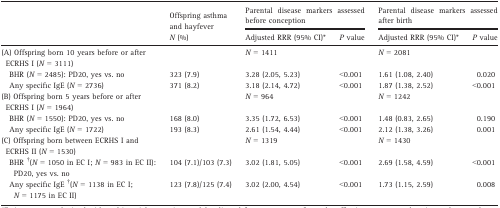
| <ROWSPAN=2>  | <ROWSPAN=2> Offspring asthma and hayfever N (%) | <COLSPAN=2> Parental disease markers assessed before conception | <COLSPAN=2> Parental disease markers assessed after birth |
 | Adjusted RRR (95% CI)a | P value | Adjusted RRR (95% CI)a | P value |
 | --- | --- | --- | --- | --- | --- |
 | (A) Offspring born 10 years before or after ECRHS I (N = 3111) |  | N = 1411 |  | N = 2081 |  |
 | BHR (N = 2485): PD20, yes vs. no | 323 (7.9) | 3.28 (2.05, 5.23) | <0.001 | 1.61 (1.08, 2.40) | 0.020 |
 | Any specific IgE (N = 2736) | 371 (8.2) | 3.18 (2.14, 4.72) | <0.001 | 1.87 (1.38, 2.52) | <0.001 |
 | (B) Offspring born 5 years before or after ECRHS I (N = 1964) |  | N = 964 |  | N = 1242 |  |
 | BHR (N = 1550): PD20, yes vs. no | 168 (8.0) | 3.35 (1.72, 6.53) | <0.001 | 1.48 (0.83, 2.65) | 0.190 |
 | Any specific IgE (N = 1722) | 193 (8.3) | 2.61 (1.54, 4.44) | <0.001 | 2.12 (1.38, 3.26) | 0.001 |
 | (C) Offspring born between ECRHS I and ECRHS II (N = 1530) |  | N = 1319 |  | N = 1430 |  |
 | BHR †(N = 1050 in EC I; N = 983 in EC II): PD20, yes vs. no | 104 (7.1)/103 (7.3) | 3.02 (1.81, 5.05) | <0.001 | 2.69 (1.58, 4.59) | <0.001 |
 | Any specific IgE †(N = 1138 in EC I; N = 1175 in EC II) | 123 (7.8)/125 (7.4) | 3.02 (2.00, 4.54) | <0.001 | 1.73 (1.15, 2.59) | 0.008 |